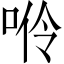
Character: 𠴒